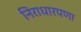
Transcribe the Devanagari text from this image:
निराधारपणा